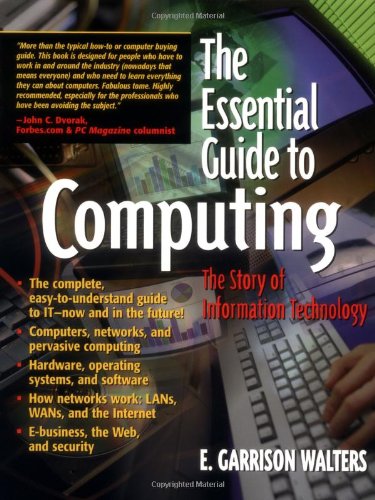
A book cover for The Essential Guide to Computing: The Story of Information Technology; E. Garrison Walters; Computers & Technology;